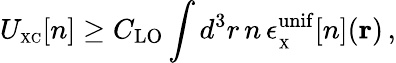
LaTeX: U_{\scriptscriptstyle\mathrm{XC}}[n]\geq C_{\mathrm{LO}}\int d^{3}r\, n\, \epsilon_{_{\scriptscriptstyle\mathrm{X}}}^{\mathrm{unif}}[n]({\mathbf r})\, ,